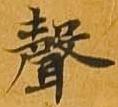
声